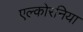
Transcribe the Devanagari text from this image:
एल्कोरनिया